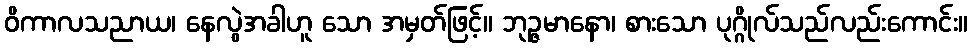
ဝိကာလသညာယ၊ နေလွဲအခါဟူ သော အမှတ်ဖြင့်။ ဘုဉ္ဇမာနော၊ စားသော ပုဂ္ဂိုလ်သည်လည်းကောင်း။